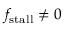
f _ { \mathrm { s t a l l } } \neq 0